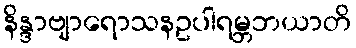
နိန္ဒာဗျာရောသနဥပါရမ္ဘဘယာတိ